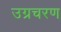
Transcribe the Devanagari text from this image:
उग्रचरण